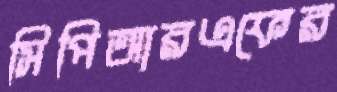
সিপিআরএফের